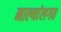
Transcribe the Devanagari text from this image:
नाल्यांलगत